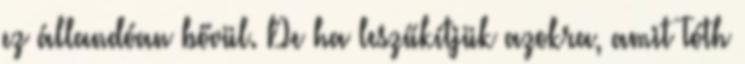
ez állandóan bővül. De ha leszűkítjük azokra, amit Tóth